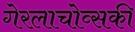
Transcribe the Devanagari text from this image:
गेरलाचोव्सकी